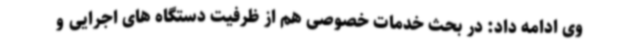
وی ادامه داد: در بحث خدمات خصوصی هم از ظرفیت دستگاه های اجرایی و